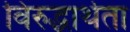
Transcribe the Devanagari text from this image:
विरुद्धार्थता